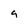
Character: 9